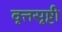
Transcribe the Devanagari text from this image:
वृत्तसृष्टी